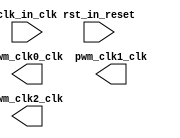

module pwm_pll (
	clk_in_clk,
	rst_in_reset,
	pwm_clk0_clk,
	pwm_clk1_clk,
	pwm_clk2_clk);	

	input		clk_in_clk;
	input		rst_in_reset;
	output		pwm_clk0_clk;
	output		pwm_clk1_clk;
	output		pwm_clk2_clk;
endmodule